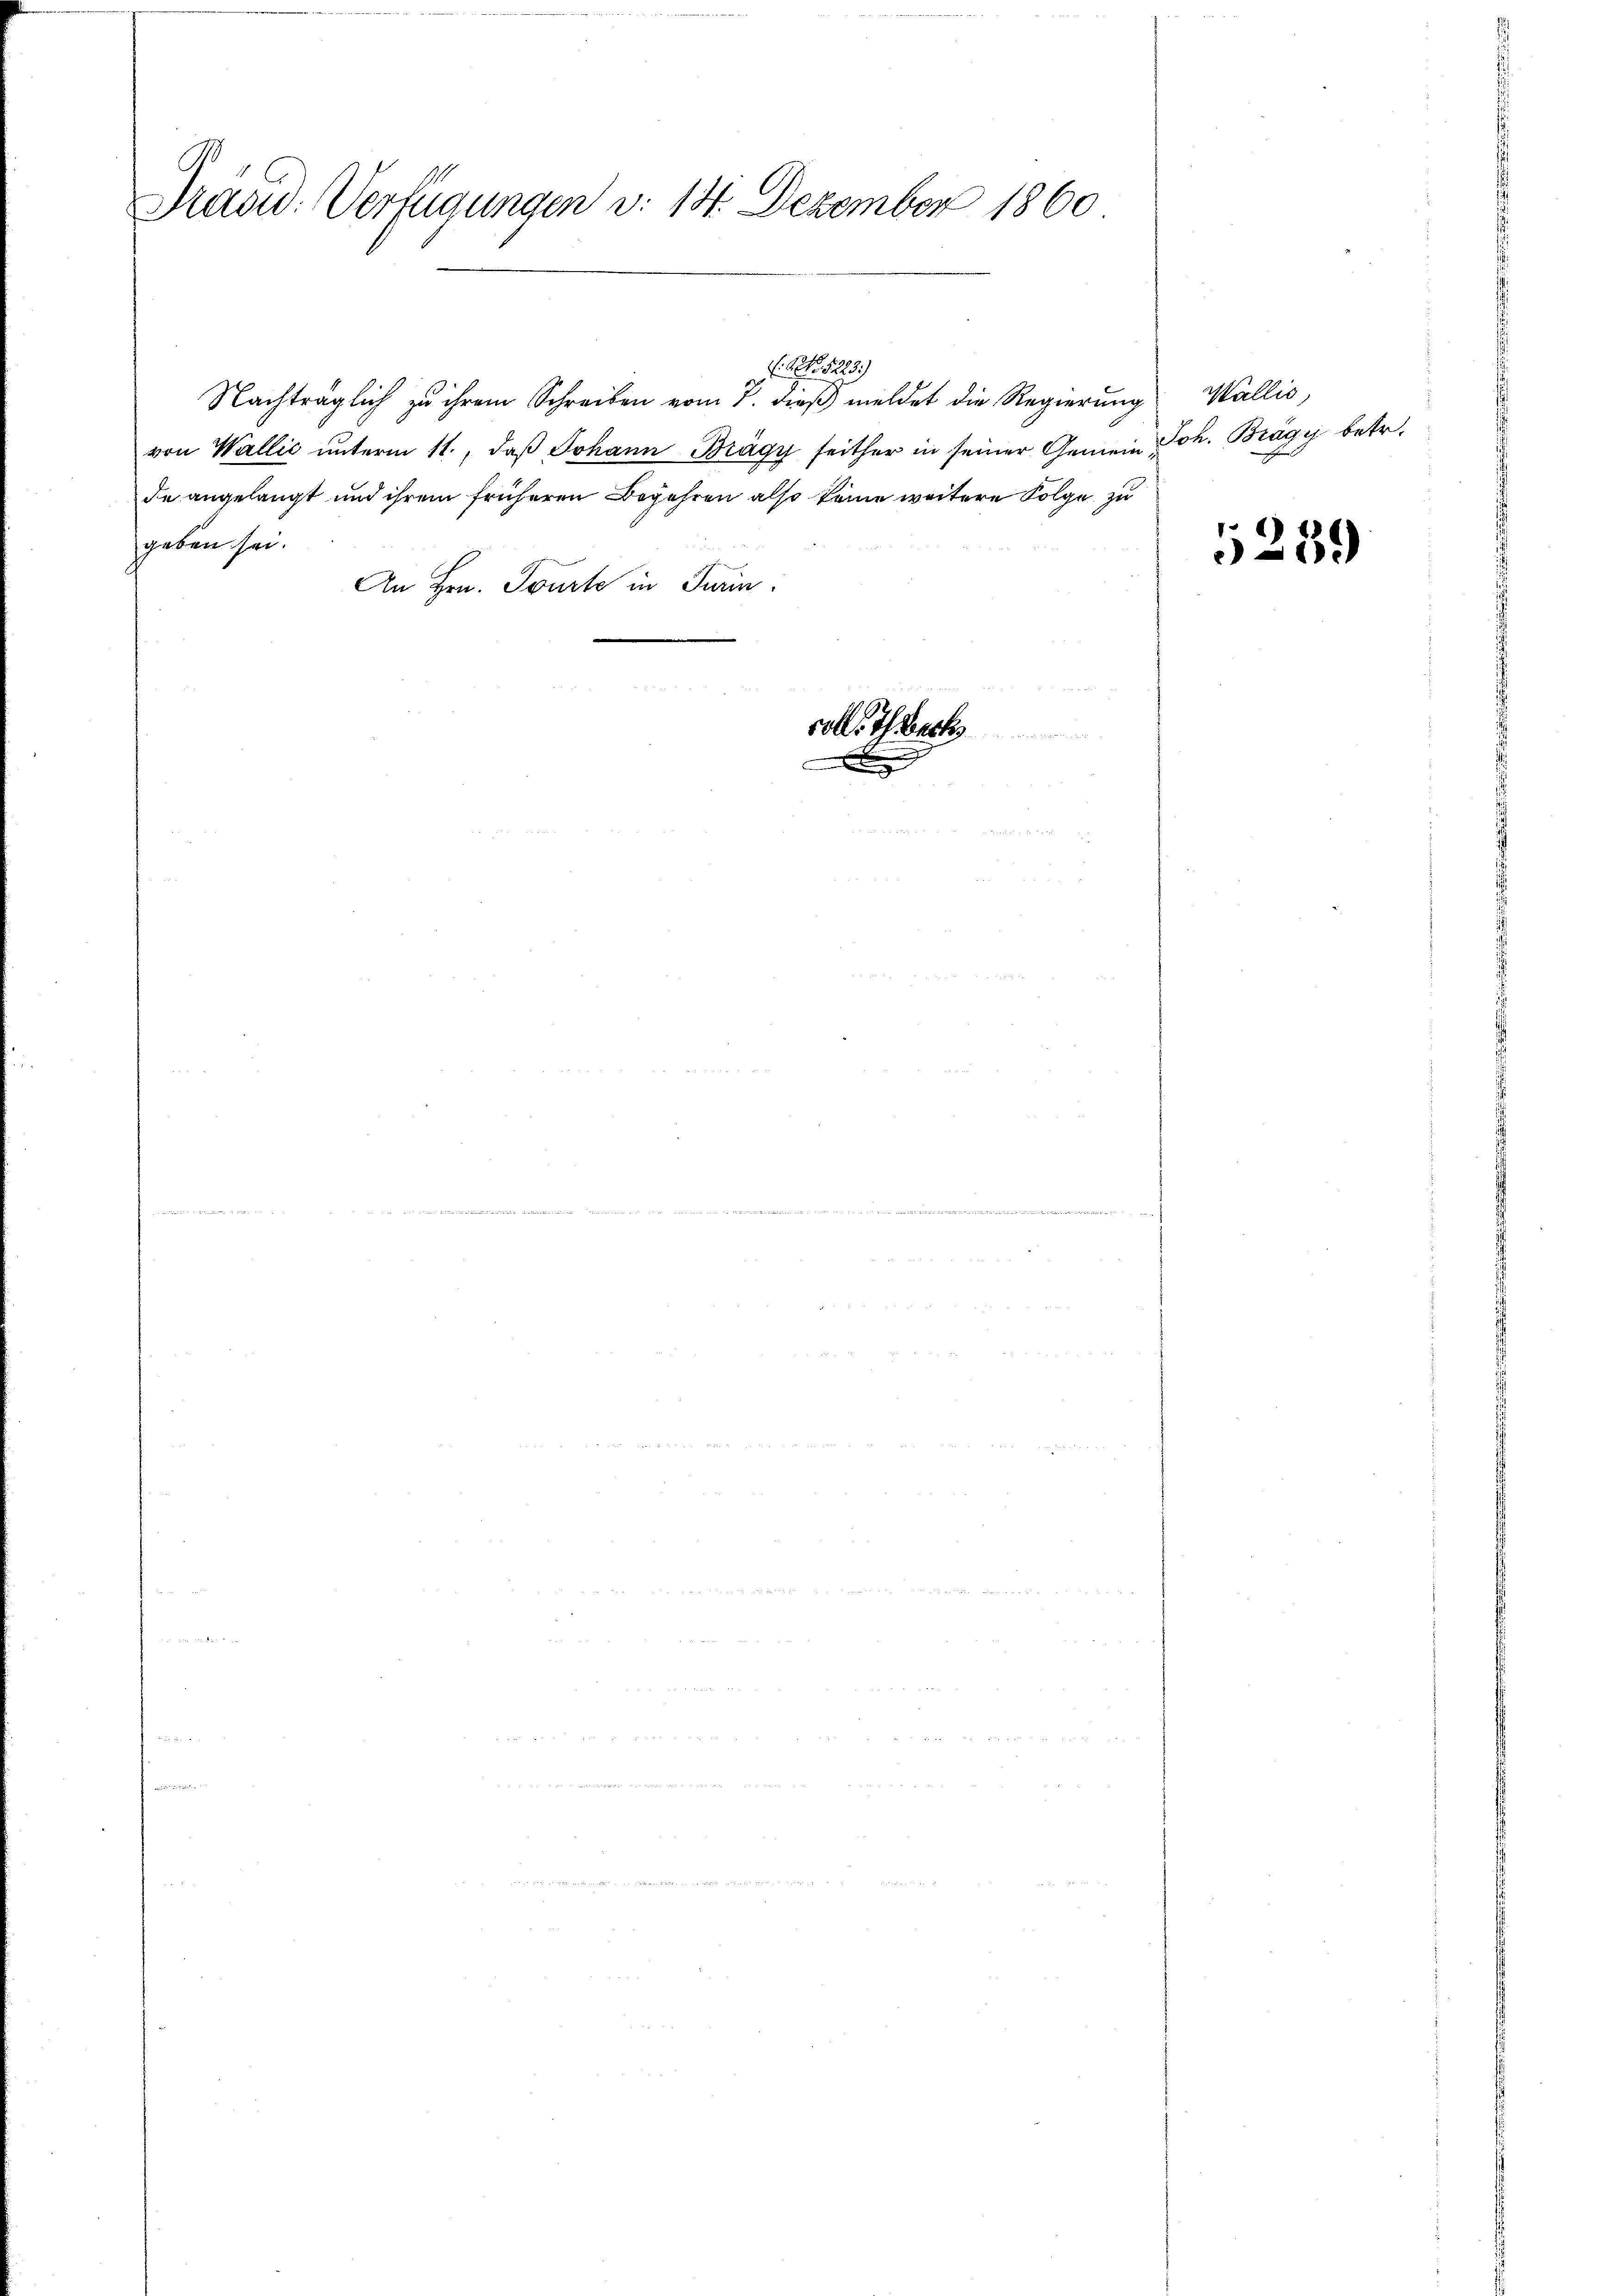
Präsid. Verfügungen d. 14. Dezember 1860

Nachträglich zu ihrem Schreiben vom 7. dieß meldet die Regierung Wallis,
von Wallić unterm 11., daß Johann Brägy seither in seiner Gemein Joh. Brägyj betr.
de angelangt und ihrem früheren Begehren also keine weitere Folge zu
geben sei.
An Hrn. Tourte in Turin:

: No 5223)

volle. Teck

1259